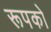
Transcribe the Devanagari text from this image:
रूपको